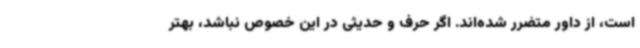
است، از داور متضرر شده‌اند. اگر حرف و حدیثی در این خصوص نباشد، بهتر